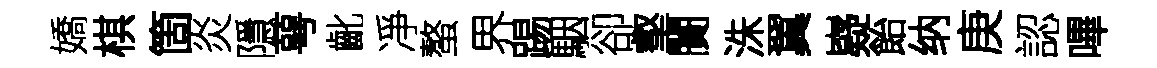
嬌棋箇炎隱萼齔凈螯界踢駰卻壑闠洙翼嶷飴纳庚認嗶